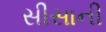
સીસાની